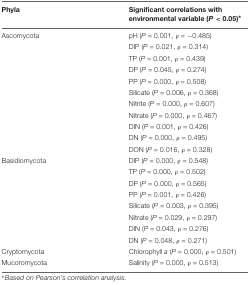
| Phyla | Significant correlations with environmental variable (P < 0.05)∗ |
 | --- | --- |
 | Ascomycota | pH (P = 0.001, ρ = -0.485) |
 |  | DIP (P = 0.021, ρ = 0.314) |
 |  | TP (P = 0.001, ρ = 0.439) |
 |  | DP (P = 0.045, ρ = 0.274) |
 |  | PP (P = 0.000, ρ = 0.508) |
 |  | Silicate (P = 0.006, ρ = 0.368) |
 |  | Nitrite (P = 0.000, ρ = 0.607) |
 |  | Nitrate (P = 0.000, ρ = 0.467) |
 |  | DIN (P = 0.001, ρ = 0.426) |
 |  | DN (P = 0.000, ρ = 0.495) |
 |  | DON (P = 0.016, ρ = 0.328) |
 | Basidiomycota | DIP (P = 0.000, ρ = 0.548) |
 |  | TP (P = 0.000, ρ = 0.502) |
 |  | DP (P = 0.000, ρ = 0.565) |
 |  | PP (P = 0.001, ρ = 0.426) |
 |  | Silicate (P = 0.003, ρ = 0.395) |
 |  | Nitrate (P = 0.029, ρ = 0.297) |
 |  | DIN (P = 0.043, ρ = 0.276) |
 |  | DN (P = 0.048, ρ = 0.271) |
 | Cryptomycota | Chlorophyll a (P = 0.000, ρ = 0.501) |
 | Mucoromycota | Salinity (P = 0.000, ρ = 0.513) |